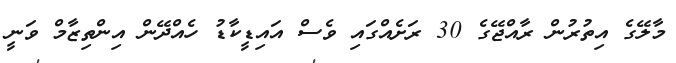
މާލޭގެ އިތުރުން ރާއްޖޭގެ 30 ރަށެއްގައި ވެސް އައިޑީކާޑު ހެއްދޭން އިންތިޒާމް ވަނީ